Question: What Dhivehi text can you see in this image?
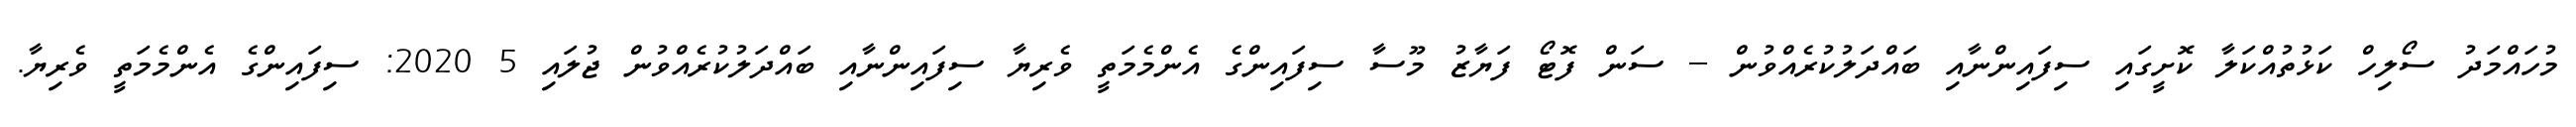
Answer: މުހައްމަދު ސޯލިހް ކަޅުތުއްކަލާ ކޮށީގައި ސިފައިންނާއި ބައްދަލުކުރެއްވުން -- ސަން ފޮޓޯ ފަޔާޒު މޫސާ ސިފައިންގެ އެންމެމަތީ ވެރިޔާ ސިފައިންނާއި ބައްދަލުކުރެއްވުން ޖުލައި 5 2020: ސިފައިންގެ އެންމެމަތީ ވެރިޔާ.